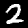
Digit: 2